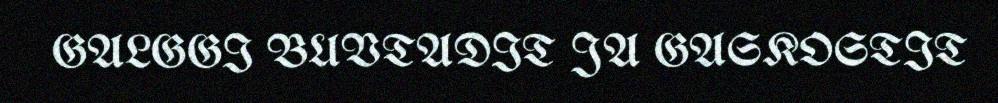
GALGGI BUVTADIT JA GASKOSTIT